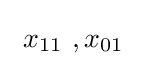
\ x_{11}\ ,x_{01}\